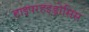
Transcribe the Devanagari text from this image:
हाइपरहइड्रोसिस